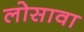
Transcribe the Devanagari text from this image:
लोसावा